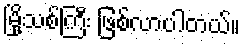
မြို့သစ်ကြီး ဖြစ်လာပါတယ်။